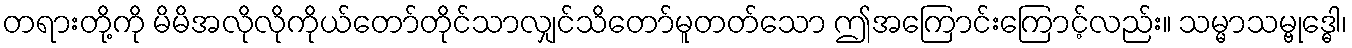
တရားတို့ကို မိမိအလိုလိုကိုယ်တော်တိုင်သာလျှင်သိတော်မူတတ်သော ဤအကြောင်းကြောင့်လည်း။ သမ္မာသမ္ဗုဒ္ဓေါ၊